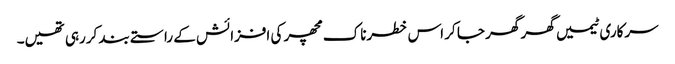
سرکاری ٹیمیں گھر گھر جا کر اس خطرناک مچھر کی افزائش کے راستے بند کررہی تھیں۔